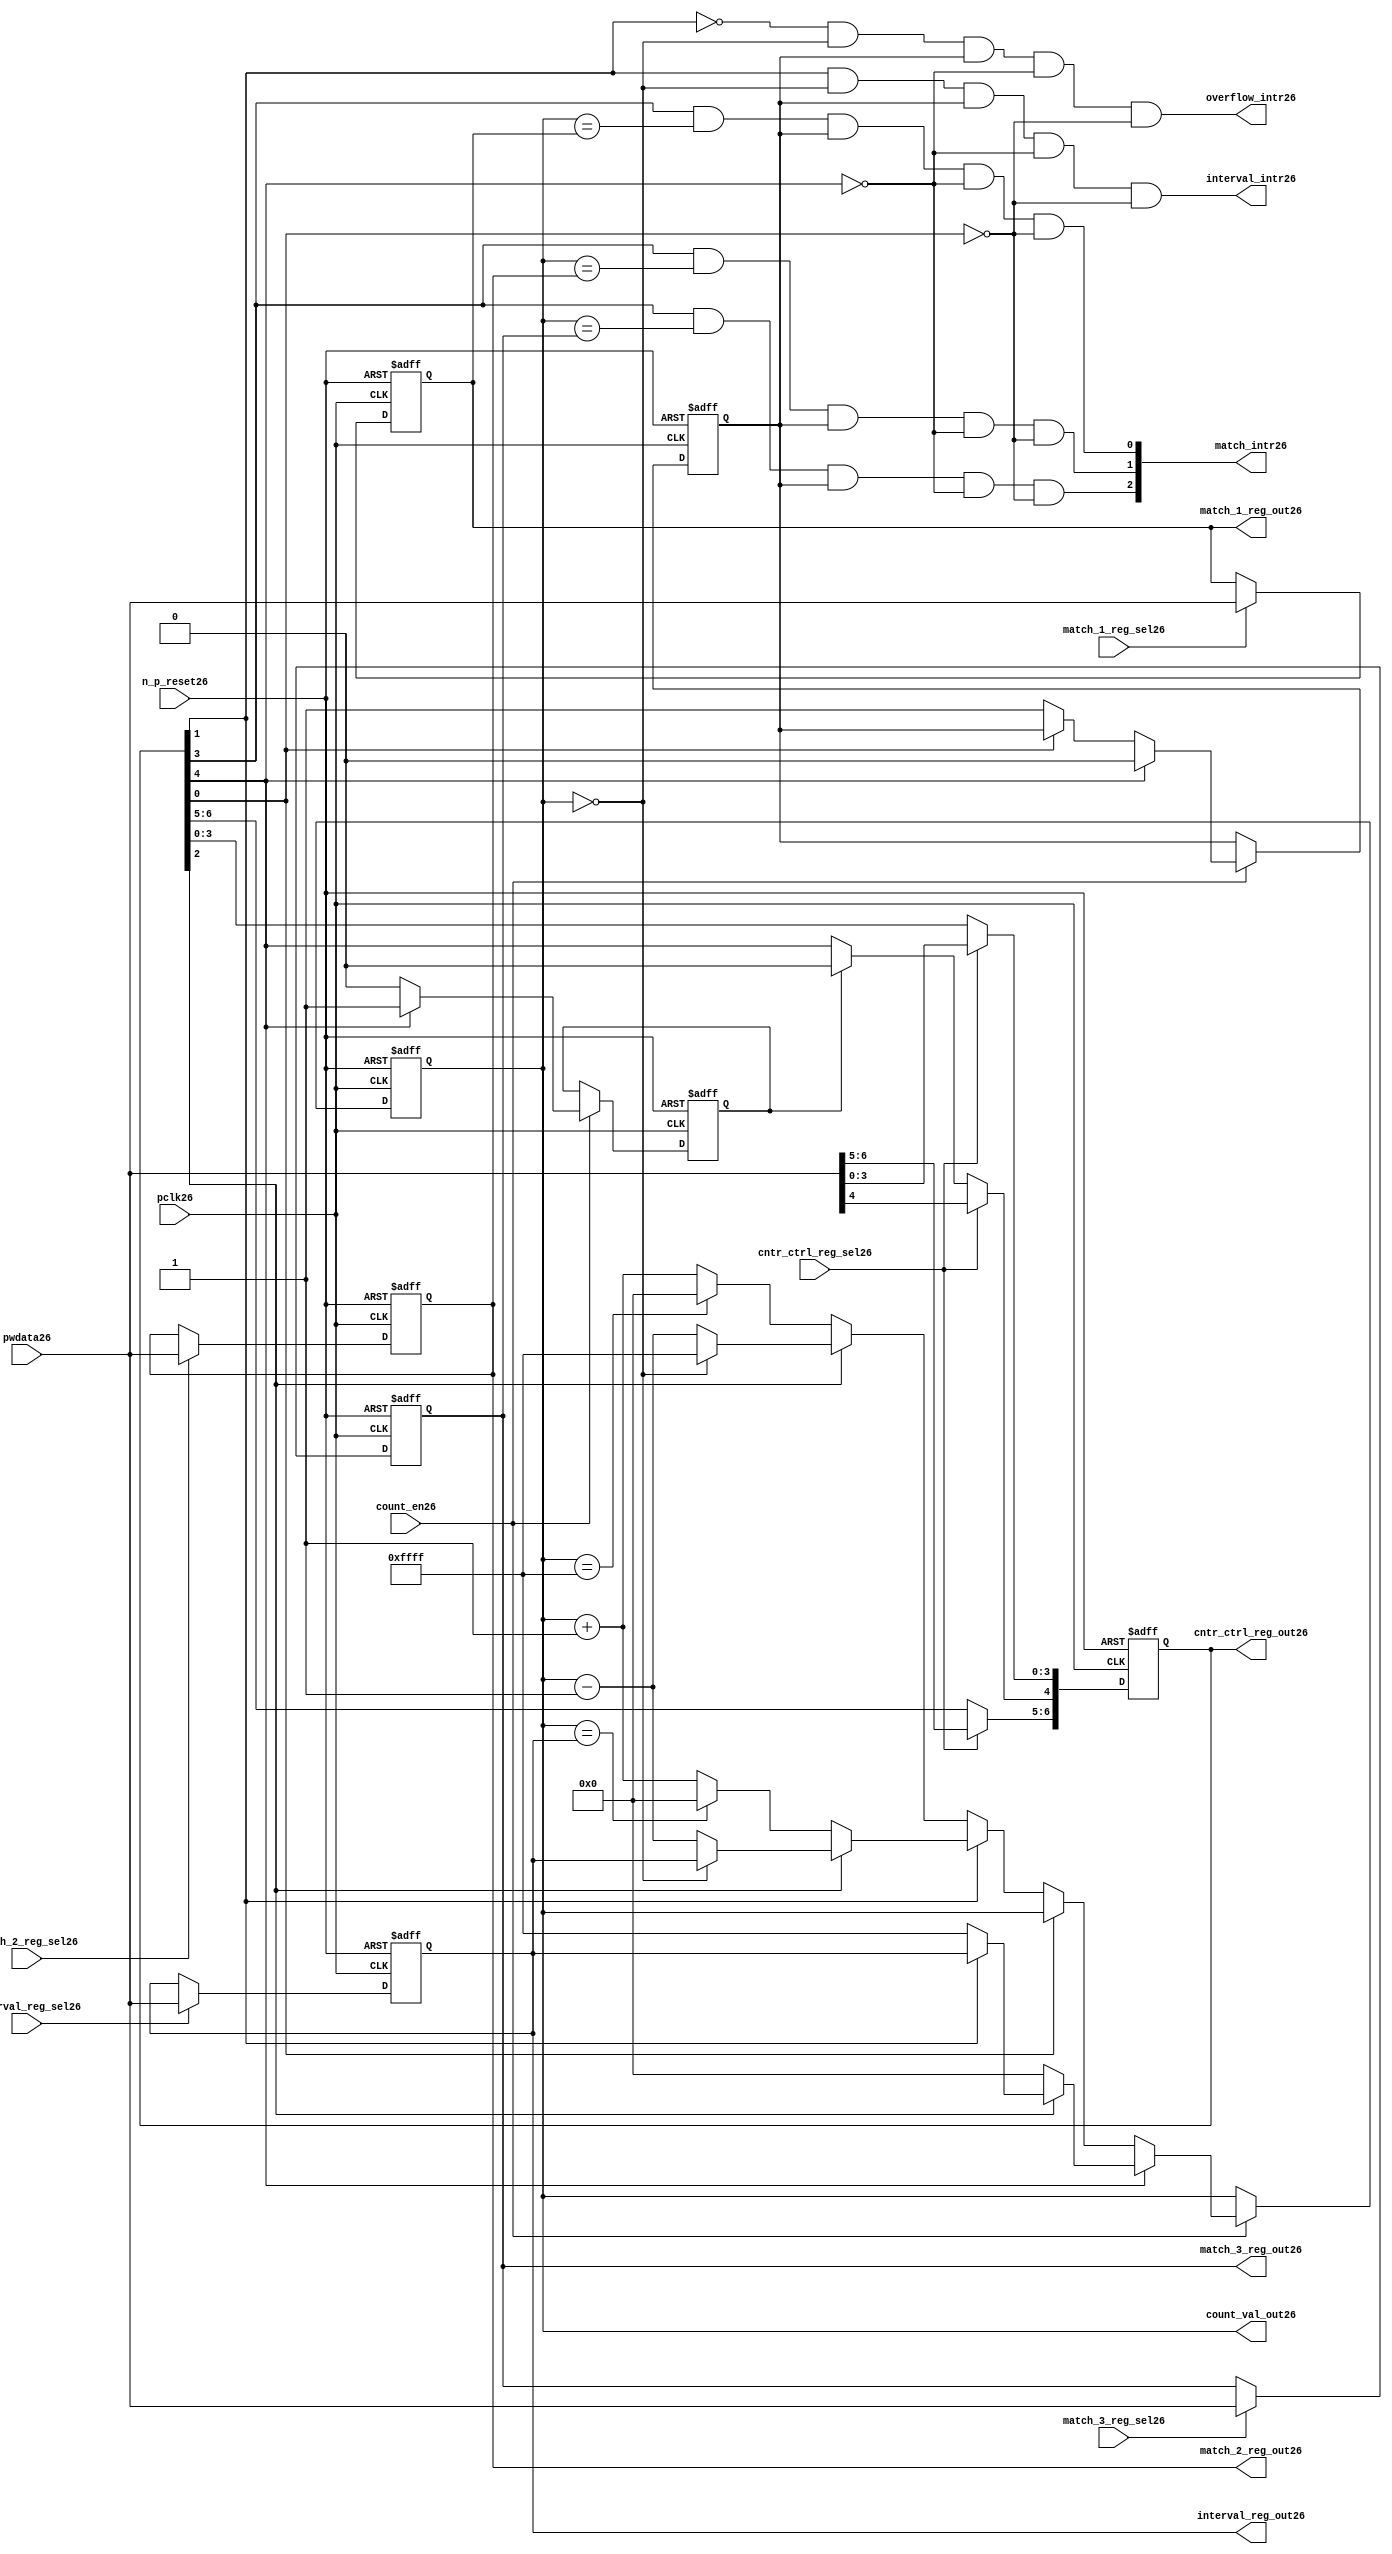
//File26 name   : ttc_counter_lite26.v
//Title26       : 
//Created26     : 1999
//Description26 :The counter can increment and decrement.
//   In increment mode instead of counting26 to its full 16 bit
//   value the counter counts26 up to or down from a programmed26 interval26 value.
//   Interrupts26 are issued26 when the counter overflows26 or reaches26 it's interval26
//   value. In match mode if the count value equals26 that stored26 in one of three26
//   match registers an interrupt26 is issued26.
//Notes26       : 
//----------------------------------------------------------------------
//   Copyright26 1999-2010 Cadence26 Design26 Systems26, Inc26.
//   All Rights26 Reserved26 Worldwide26
//
//   Licensed26 under the Apache26 License26, Version26 2.0 (the
//   "License26"); you may not use this file except26 in
//   compliance26 with the License26.  You may obtain26 a copy of
//   the License26 at
//
//       http26://www26.apache26.org26/licenses26/LICENSE26-2.0
//
//   Unless26 required26 by applicable26 law26 or agreed26 to in
//   writing, software26 distributed26 under the License26 is
//   distributed26 on an "AS26 IS26" BASIS26, WITHOUT26 WARRANTIES26 OR26
//   CONDITIONS26 OF26 ANY26 KIND26, either26 express26 or implied26.  See
//   the License26 for the specific26 language26 governing26
//   permissions26 and limitations26 under the License26.
//----------------------------------------------------------------------
//


module ttc_counter_lite26(

  //inputs26
  n_p_reset26,    
  pclk26,          
  pwdata26,              
  count_en26,
  cntr_ctrl_reg_sel26, 
  interval_reg_sel26,
  match_1_reg_sel26,
  match_2_reg_sel26,
  match_3_reg_sel26,         

  //outputs26    
  count_val_out26,
  cntr_ctrl_reg_out26,
  interval_reg_out26,
  match_1_reg_out26,
  match_2_reg_out26,
  match_3_reg_out26,
  interval_intr26,
  match_intr26,
  overflow_intr26

);


//--------------------------------------------------------------------
// PORT DECLARATIONS26
//--------------------------------------------------------------------

   //inputs26
   input          n_p_reset26;         //reset signal26
   input          pclk26;              //System26 Clock26
   input [15:0]   pwdata26;            //6 Bit26 data signal26
   input          count_en26;          //Count26 enable signal26
   input          cntr_ctrl_reg_sel26; //Select26 bit for ctrl_reg26
   input          interval_reg_sel26;  //Interval26 Select26 Register
   input          match_1_reg_sel26;   //Match26 1 Select26 register
   input          match_2_reg_sel26;   //Match26 2 Select26 register
   input          match_3_reg_sel26;   //Match26 3 Select26 register

   //outputs26
   output [15:0]  count_val_out26;        //Value for counter reg
   output [6:0]   cntr_ctrl_reg_out26;    //Counter26 control26 reg select26
   output [15:0]  interval_reg_out26;     //Interval26 reg
   output [15:0]  match_1_reg_out26;      //Match26 1 register
   output [15:0]  match_2_reg_out26;      //Match26 2 register
   output [15:0]  match_3_reg_out26;      //Match26 3 register
   output         interval_intr26;        //Interval26 interrupt26
   output [3:1]   match_intr26;           //Match26 interrupt26
   output         overflow_intr26;        //Overflow26 interrupt26

//--------------------------------------------------------------------
// Internal Signals26 & Registers26
//--------------------------------------------------------------------

   reg [6:0]      cntr_ctrl_reg26;     // 5-bit Counter26 Control26 Register
   reg [15:0]     interval_reg26;      //16-bit Interval26 Register 
   reg [15:0]     match_1_reg26;       //16-bit Match_126 Register
   reg [15:0]     match_2_reg26;       //16-bit Match_226 Register
   reg [15:0]     match_3_reg26;       //16-bit Match_326 Register
   reg [15:0]     count_val26;         //16-bit counter value register
                                                                      
   
   reg            counting26;          //counter has starting counting26
   reg            restart_temp26;   //ensures26 soft26 reset lasts26 1 cycle    
   
   wire [6:0]     cntr_ctrl_reg_out26; //7-bit Counter26 Control26 Register
   wire [15:0]    interval_reg_out26;  //16-bit Interval26 Register 
   wire [15:0]    match_1_reg_out26;   //16-bit Match_126 Register
   wire [15:0]    match_2_reg_out26;   //16-bit Match_226 Register
   wire [15:0]    match_3_reg_out26;   //16-bit Match_326 Register
   wire [15:0]    count_val_out26;     //16-bit counter value register

//-------------------------------------------------------------------
// Assign26 output wires26
//-------------------------------------------------------------------

   assign cntr_ctrl_reg_out26 = cntr_ctrl_reg26;    // 7-bit Counter26 Control26
   assign interval_reg_out26  = interval_reg26;     // 16-bit Interval26
   assign match_1_reg_out26   = match_1_reg26;      // 16-bit Match_126
   assign match_2_reg_out26   = match_2_reg26;      // 16-bit Match_226 
   assign match_3_reg_out26   = match_3_reg26;      // 16-bit Match_326 
   assign count_val_out26     = count_val26;        // 16-bit counter value
   
//--------------------------------------------------------------------
// Assigning26 interrupts26
//--------------------------------------------------------------------

   assign interval_intr26 =  cntr_ctrl_reg26[1] & (count_val26 == 16'h0000)
      & (counting26) & ~cntr_ctrl_reg26[4] & ~cntr_ctrl_reg26[0];
   assign overflow_intr26 = ~cntr_ctrl_reg26[1] & (count_val26 == 16'h0000)
      & (counting26) & ~cntr_ctrl_reg26[4] & ~cntr_ctrl_reg26[0];
   assign match_intr26[1]  =  cntr_ctrl_reg26[3] & (count_val26 == match_1_reg26)
      & (counting26) & ~cntr_ctrl_reg26[4] & ~cntr_ctrl_reg26[0];
   assign match_intr26[2]  =  cntr_ctrl_reg26[3] & (count_val26 == match_2_reg26)
      & (counting26) & ~cntr_ctrl_reg26[4] & ~cntr_ctrl_reg26[0];
   assign match_intr26[3]  =  cntr_ctrl_reg26[3] & (count_val26 == match_3_reg26)
      & (counting26) & ~cntr_ctrl_reg26[4] & ~cntr_ctrl_reg26[0];


//    p_reg_ctrl26: Process26 to write to the counter control26 registers
//    cntr_ctrl_reg26 decode:  0 - Counter26 Enable26 Active26 Low26
//                           1 - Interval26 Mode26 =1, Overflow26 =0
//                           2 - Decrement26 Mode26
//                           3 - Match26 Mode26
//                           4 - Restart26
//                           5 - Waveform26 enable active low26
//                           6 - Waveform26 polarity26
   
   always @ (posedge pclk26 or negedge n_p_reset26)
   begin: p_reg_ctrl26  // Register writes
      
      if (!n_p_reset26)                                   
      begin                                     
         cntr_ctrl_reg26 <= 7'b0000001;
         interval_reg26  <= 16'h0000;
         match_1_reg26   <= 16'h0000;
         match_2_reg26   <= 16'h0000;
         match_3_reg26   <= 16'h0000;  
      end    
      else 
      begin
         if (cntr_ctrl_reg_sel26)
            cntr_ctrl_reg26 <= pwdata26[6:0];
         else if (restart_temp26)
            cntr_ctrl_reg26[4]  <= 1'b0;    
         else 
            cntr_ctrl_reg26 <= cntr_ctrl_reg26;             

         interval_reg26  <= (interval_reg_sel26) ? pwdata26 : interval_reg26;
         match_1_reg26   <= (match_1_reg_sel26)  ? pwdata26 : match_1_reg26;
         match_2_reg26   <= (match_2_reg_sel26)  ? pwdata26 : match_2_reg26;
         match_3_reg26   <= (match_3_reg_sel26)  ? pwdata26 : match_3_reg26;   
      end
      
   end  //p_reg_ctrl26

   
//    p_cntr26: Process26 to increment or decrement the counter on receiving26 a 
//            count_en26 signal26 from the pre_scaler26. Count26 can be restarted26
//            or disabled and can overflow26 at a specified interval26 value.
   
   
   always @ (posedge pclk26 or negedge n_p_reset26)
   begin: p_cntr26   // Counter26 block

      if (!n_p_reset26)     //System26 Reset26
      begin                     
         count_val26 <= 16'h0000;
         counting26  <= 1'b0;
         restart_temp26 <= 1'b0;
      end
      else if (count_en26)
      begin
         
         if (cntr_ctrl_reg26[4])     //Restart26
         begin     
            if (~cntr_ctrl_reg26[2])  
               count_val26         <= 16'h0000;
            else
            begin
              if (cntr_ctrl_reg26[1])
                 count_val26         <= interval_reg26;     
              else
                 count_val26         <= 16'hFFFF;     
            end
            counting26       <= 1'b0;
            restart_temp26   <= 1'b1;

         end
         else 
         begin
            if (!cntr_ctrl_reg26[0])          //Low26 Active26 Counter26 Enable26
            begin

               if (cntr_ctrl_reg26[1])  //Interval26               
                  if (cntr_ctrl_reg26[2])  //Decrement26        
                  begin
                     if (count_val26 == 16'h0000)
                        count_val26 <= interval_reg26;  //Assumed26 Static26
                     else
                        count_val26 <= count_val26 - 16'h0001;
                  end
                  else                   //Increment26
                  begin
                     if (count_val26 == interval_reg26)
                        count_val26 <= 16'h0000;
                     else           
                        count_val26 <= count_val26 + 16'h0001;
                  end
               else    
               begin  //Overflow26
                  if (cntr_ctrl_reg26[2])   //Decrement26
                  begin
                     if (count_val26 == 16'h0000)
                        count_val26 <= 16'hFFFF;
                     else           
                        count_val26 <= count_val26 - 16'h0001;
                  end
                  else                    //Increment26
                  begin
                     if (count_val26 == 16'hFFFF)
                        count_val26 <= 16'h0000;
                     else           
                        count_val26 <= count_val26 + 16'h0001;
                  end 
               end
               counting26  <= 1'b1;
            end     
            else
               count_val26 <= count_val26;   //Disabled26
   
            restart_temp26 <= 1'b0;
      
         end
     
      end // if (count_en26)

      else
      begin
         count_val26    <= count_val26;
         counting26     <= counting26;
         restart_temp26 <= restart_temp26;               
      end
     
   end  //p_cntr26

endmodule